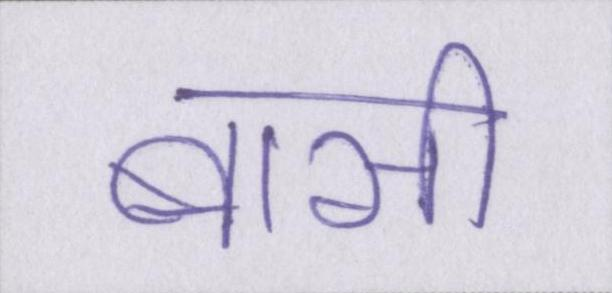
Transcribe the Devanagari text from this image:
बासी